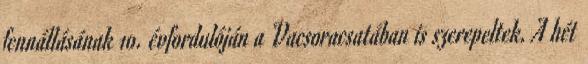
fennállásának 10. évfordulóján a Vacsoracsatában is szerepeltek. A hét